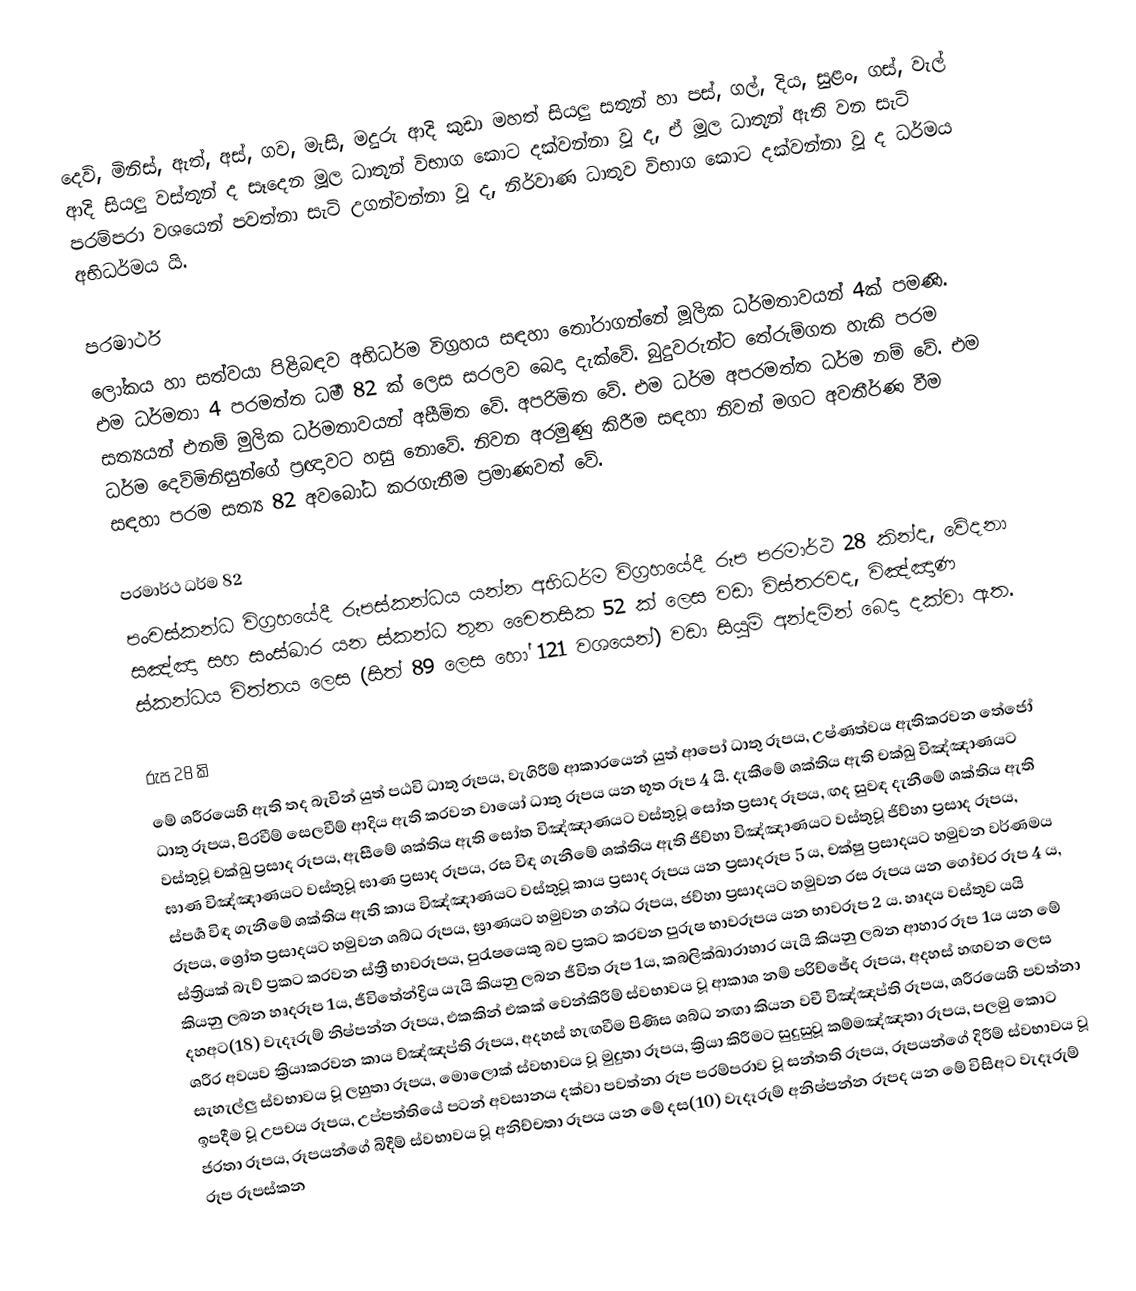
දෙවි, මිනිස්, ඇත්, අස්, ගව, මැසි, මදුරු ආදි කුඩා මහත් සියලු සතුන් හා පස්, ගල්, දිය, සුළං, ගස්, වැල් ආදි සියලු වස්තූන් ද සෑදෙන මූල ධාතූන් විභාග කොට දක්වන්නා වූ ද, ඒ මූල ධාතූන් ඇති වන සැටි පරම්පරා වශයෙන් පවත්නා සැටි උගන්වන්නා වූ ද, නිර්වාණ ධාතුව විභාග කොට දක්වන්නා වූ ද ධර්මය අභිධර්මය යි.

පරමාර්ථ
ලෝකය හා සත්වයා පිළිබඳව අභිධර්ම විග්‍රහය සඳහා තෝරාගන්නේ මූලික ධර්මතාවයන් 4ක් පමණි. එම ධර්මතා 4 පරමත්ත ධර්‍ම 82 ක් ලෙස සරලව බෙදා දැක්වේ. බුදුවරුන්ට තේරුම්ගත හැකි පරම සත්‍යයන් එනම් මුලික ධර්මතාවයන් අසීමිත වේ. අපරිමිත වේ. එම ධර්ම අපරමත්ත ධර්ම නම් වේ. එම ධර්ම දෙව්මිනිසුන්ගේ ප්‍රඥාවට හසු නොවේ. නිවන අරමුණු කිරීම සඳහා නිවන් මගට අවතීර්ණ වීම සඳහා පරම සත්‍ය 82 අවබෝධ කරගැනීම ප්‍රමාණවත් වේ.

පරමාර්ථ ධර්ම 82
පංචස්කන්ධ විග්‍රහයේදී රූපස්කන්ධය යන්න අභිධර්ම විග්‍රහයේදී රූප පරමාර්ථ 28 කින්ද, වේදනා සඤ්ඤා සහ සංස්ඛාර යන ස්කන්ධ තුන චෛතසික 52 ක් ලෙස වඩා විස්තරවද, විඤ්ඤාණ ස්කන්ධය චිත්තය ලෙස (සිත් 89 ලෙස හෝ 121 වශයෙන්) වඩා සියුම් අන්දමින් බෙදා දක්වා ඇත.

රුප 28 කි
මේ ශරීරයෙහි ඇති තද බැවින් යුත් පඨවි ධාතු රූපය, වැගිරීම් ආකාරයෙන් යුත් ආපෝ ධාතු රූපය, උෂ්ණත්වය ඇතිකරවන තේජෝ ධාතු රූපය, පිරවීම් සෙලවීම් ආදිය ඇති කරවන වායෝ ධාතු රූපය යන භූත රූප 4 යි. දැකීමේ ශක්තිය ඇති චක්ඛු විඤ්ඤාණයට වස්තුවූ චක්ඛු ප්‍රසාද රූපය, ඇසීමේ ශක්තිය ඇති සෝත විඤ්ඤාණයට වස්තුවූ සෝත ප්‍රසාද රූපය, ඟද සුවඳ දැනීමේ ශක්තිය ඇති ඝාණ විඤ්ඤාණයට වස්තුවූ ඝාණ ප්‍රසාද රූපය, රස විඳ ගැනීමේ ශක්තිය ඇති ජිව්හා විඤ්ඤාණයට වස්තුවූ ජිව්හා ප්‍රසාද රූපය, ස්පර්‍ශ විඳ ගැනීමේ ශක්තිය ඇති කාය විඤ්ඤාණයට වස්තුවූ කාය ප්‍රසාද රූපය යන ප්‍රසාදරූප 5 ය, චක්ෂු ප්‍රසාදයට හමුවන වර්ණමය රූපය, ශ්‍රෝත ප්‍රසාදයට හමුවන ශබ්ධ රූපය, ඝ්‍රාණයට හමුවන ගන්ධ රූපය, ජව්හා ප්‍රසාදයට හමුවන රස රූපය යන ගෝචර රූප 4 ය, ස්ත්‍රියක් බැව් ප්‍රකට කරවන ස්ත්‍රී භාවරූපය, පුරැෂයෙකු බව ප්‍රකට කරවන පුරුෂ භාවරූපය යන භාවරූප 2 ය. හෘදය වස්තුව යයි කියනු ලබන හෘදරූප 1ය, ජීවිතේන්ද්‍රිය යැයි කියනු ලබන ජීවිත රූප 1ය, කබලික්ඛාරාහාර යැයි කියනු ලබන ආහාර රූප 1ය යන මේ දහඅට(18) වැදෑරුම් නිෂ්පන්න රූපය, එකකින් එකක් වෙන්කිරීම් ස්වභාවය වූ ආකාශ නම් පරිච්ඡේද රූපය, අදහස් හඟවන ලෙස ශරීර අවයව ක්‍රියාකරවන කාය ව්ඤ්ඤප්ති රූපය, අදහස් හැඟවීම පිණිස ශබ්ධ නඟා කියන වචී විඤ්ඤප්ති රූපය, ශරීරයෙහි පවත්නා සැහැල්ලු ස්වභාවය වූ ලහුතා රූපය, මොලොක් ස්වභාවය වූ මුදුතා රූපය, ක්‍රියා කිරීමට සුදුසුවූ කම්මඤ්ඤතා රූපය, පලමු කොට ඉපදීම වූ උපචය රූපය, උප්පත්තියේ පටන් අවසානය දක්වා පවත්නා රූප පරම්පරාව වූ සන්තති රූපය, රූපයන්ගේ දිරීම් ස්වභාවය වූ ජරතා රූපය, රූපයන්ගේ බිදීම් ස්වභාවය වූ අනිච්චතා රූපය යන මේ දස(10) වැදෑරුම් අනිෂ්පන්න රූපද යන මේ විසිඅට වැදෑරුම් රූප රූපස්කන